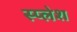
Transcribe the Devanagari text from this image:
स्प्लेश